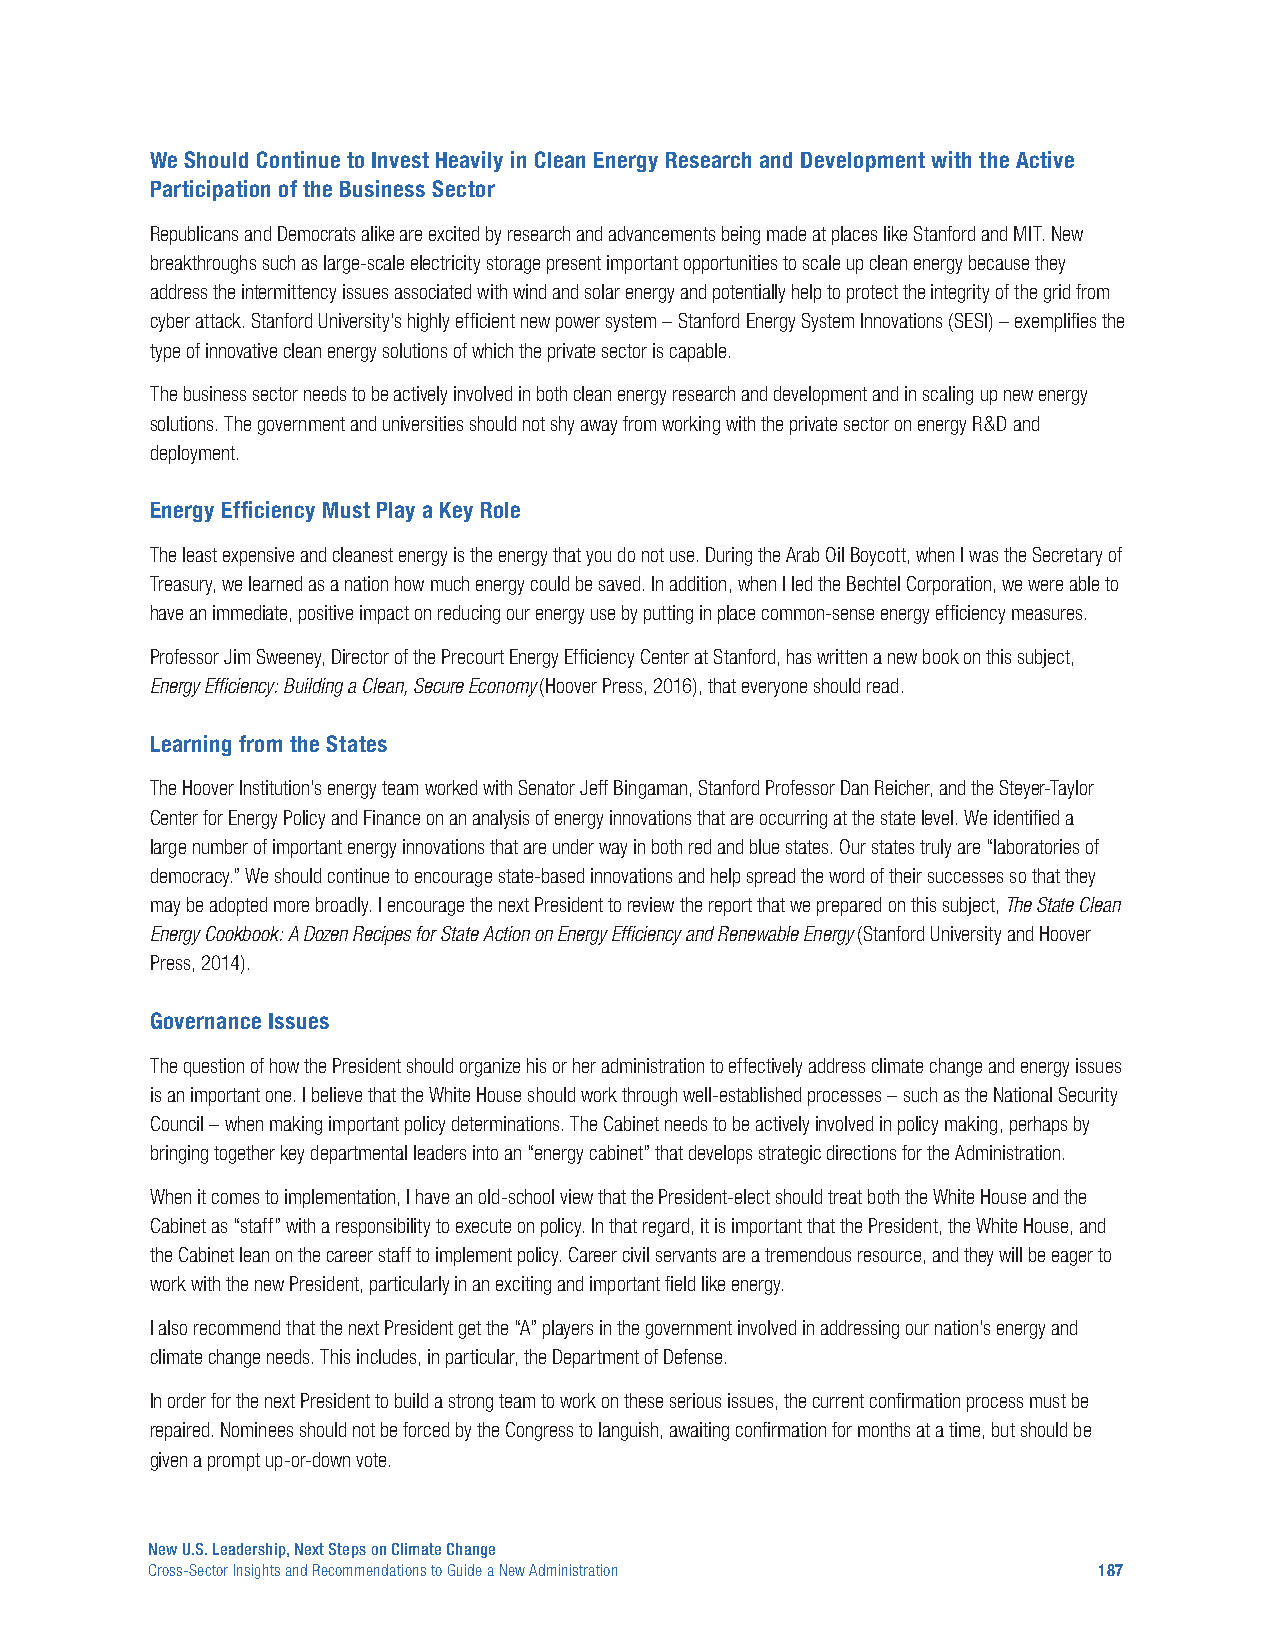
We Should Continue to Invest Heavily in Clean Energy Research and Development with the Active
 Participation of the Business Sector
 Republicans and Democrats alike are excited by research and advancements being made at places like Stanford and MIT. New
 breakthroughs such as large-scale electricity storage present important opportunities to scale up clean energy because they
 address the intermittency issues associated with wind and solar energy and potentially help to protect the integrity of the grid from
 cyber attack. Stanford University’s highly efficient new power system – Stanford Energy System Innovations (SESI) – exemplifies the
 type of innovative clean energy solutions of which the private sector is capable.
 The business sector needs to be actively involved in both clean energy research and development and in scaling up new energy
 solutions. The government and universities should not shy away from working with the private sector on energy R&D and
 deployment.
 Energy Efficiency Must Play a Key Role
 The least expensive and cleanest energy is the energy that you do not use. During the Arab Oil Boycott, when I was the Secretary of
 Treasury, we learned as a nation how much energy could be saved. In addition, when I led the Bechtel Corporation, we were able to
 have an immediate, positive impact on reducing our energy use by putting in place common-sense energy efficiency measures.
 Professor Jim Sweeney, Director of the Precourt Energy Efficiency Center at Stanford, has written a new book on this subject,
 Energy Efficiency: Building a Clean, Secure Economy (Hoover Press, 2016), that everyone should read.
 Learning from the States
 The Hoover Institution’s energy team worked with Senator Jeff Bingaman, Stanford Professor Dan Reicher, and the Steyer-Taylor
 Center for Energy Policy and Finance on an analysis of energy innovations that are occurring at the state level. We identified a
 large number of important energy innovations that are under way in both red and blue states. Our states truly are “laboratories of
 democracy.” We should continue to encourage state-based innovations and help spread the word of their successes so that they
 may be adopted more broadly. I encourage the next President to review the report that we prepared on this subject, The State Clean
 Energy Cookbook: A Dozen Recipes for State Action on Energy Efficiency and Renewable Energy (Stanford University and Hoover
 Press, 2014).
 Governance Issues
 The question of how the President should organize his or her administration to effectively address climate change and energy issues
 is an important one. I believe that the White House should work through well-established processes – such as the National Security
 Council – when making important policy determinations. The Cabinet needs to be actively involved in policy making, perhaps by
 bringing together key departmental leaders into an “energy cabinet” that develops strategic directions for the Administration.
 When it comes to implementation, I have an old-school view that the President-elect should treat both the White House and the
 Cabinet as “staff” with a responsibility to execute on policy. In that regard, it is important that the President, the White House, and
 the Cabinet lean on the career staff to implement policy. Career civil servants are a tremendous resource, and they will be eager to
 work with the new President, particularly in an exciting and important field like energy.
 I also recommend that the next President get the “A” players in the government involved in addressing our nation’s energy and
 climate change needs. This includes, in particular, the Department of Defense.
 In order for the next President to build a strong team to work on these serious issues, the current confirmation process must be
 repaired. Nominees should not be forced by the Congress to languish, awaiting confirmation for months at a time, but should be
 given a prompt up-or-down vote.
 New U.S. Leadership, Next Steps on Climate Change
 Cross-Sector Insights and Recommendations to Guide a New Administration 187